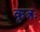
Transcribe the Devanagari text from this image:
कृत्रः